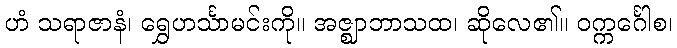
ဟံ သရာဇာနံ၊ ရွှေဟင်္သာမင်းကို။ အဇ္ဈာဘာသထ၊ ဆိုလေ၏။ ဝက္ကင်္ဂေါစ၊